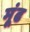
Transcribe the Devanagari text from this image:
मूंढ